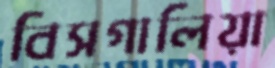
বিসগালিয়া